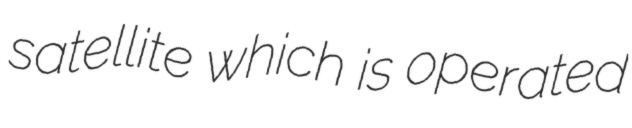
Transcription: satellite which is operated